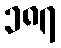
၁၈၇